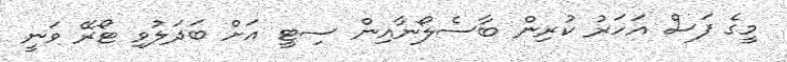
މީގެ ފަސް އަހަރު ކުރިން ބާސެލޯނާއިން ސިޓީ އަށް ބަދަލުވި ޓޯރޭ ވަނީ